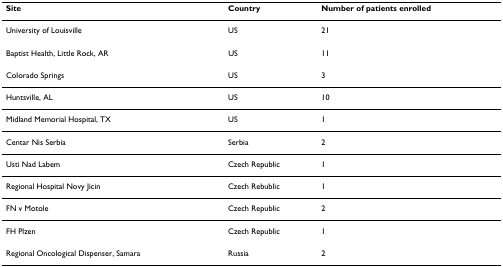
| Site | Country | Number of patients enrolled |
 | --- | --- | --- |
 | University of Louisville | US | 21 |
 | Baptist Health, Little Rock, AR | US | 11 |
 | Colorado Springs | US | 3 |
 | Huntsville, AL | US | 10 |
 | Midland Memorial Hospital, TX | US | 1 |
 | Centar Nis Serbia | Serbia | 2 |
 | Usti Nad Labem | Czech Republic | 1 |
 | Regional Hospital Novy Jicin | Czech Rebublic | 1 |
 | FN v Motole | Czech Republic | 2 |
 | FH Plzen | Czech Republic | 1 |
 | Regional Oncological Dispenser, Samara | Russia | 2 |